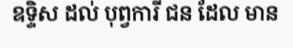
ឧទ្ទិស ដល់ បុព្វការី ជន ដែល មាន